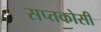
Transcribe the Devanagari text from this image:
सप्तकोसी